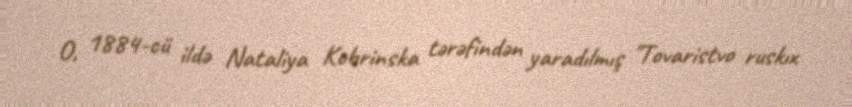
O, 1884-cü ildə Nataliya Kobrinska tərəfindən yaradılmış "Tovaristvo ruskıx